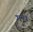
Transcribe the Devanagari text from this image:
गंधं